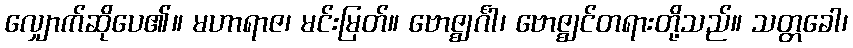
လျှောက်ဆိုပေ၏။ မဟာရာဇ၊ မင်းမြတ်။ ဗောဇ္ဈင်္ဂါ၊ ဗောဇ္ဈင်တရားတို့သည်။ သတ္တခေါ၊